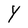
Character: Y